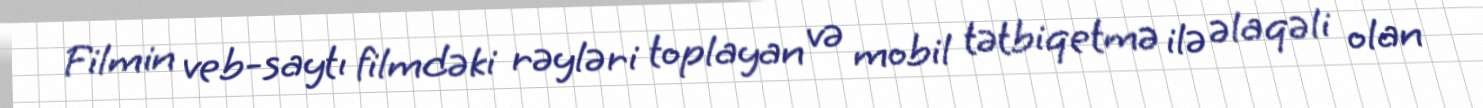
Filmin veb-saytı filmdəki rəyləri toplayan və mobil tətbiqetmə ilə əlaqəli olan